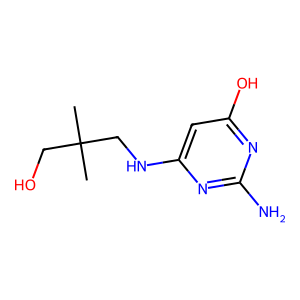
SMILES: CC(C)(CO)CNc1cc(O)nc(N)n1
Inhibits HIV replication: No